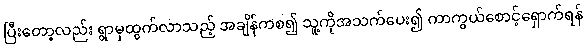
ပြီးတော့လည်း ရွာမှထွက်လာသည့် အချိန်ကစ၍ သူ့ကိုအသက်ပေး၍ ကာကွယ်စောင့်ရှောက်ရန်